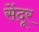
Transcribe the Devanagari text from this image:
सेंदूर